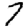
Digit: 7